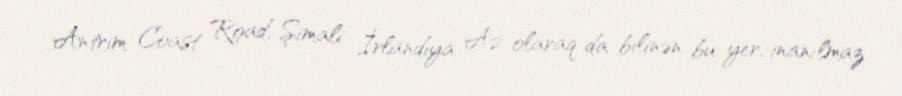
Antrim Coast Road, Şimali İrlandiya A2 olaraq da bilinən bu yer, inanılmaz